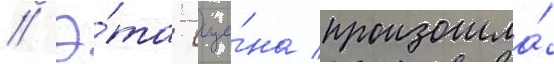
// Э́та сце́на произошла́